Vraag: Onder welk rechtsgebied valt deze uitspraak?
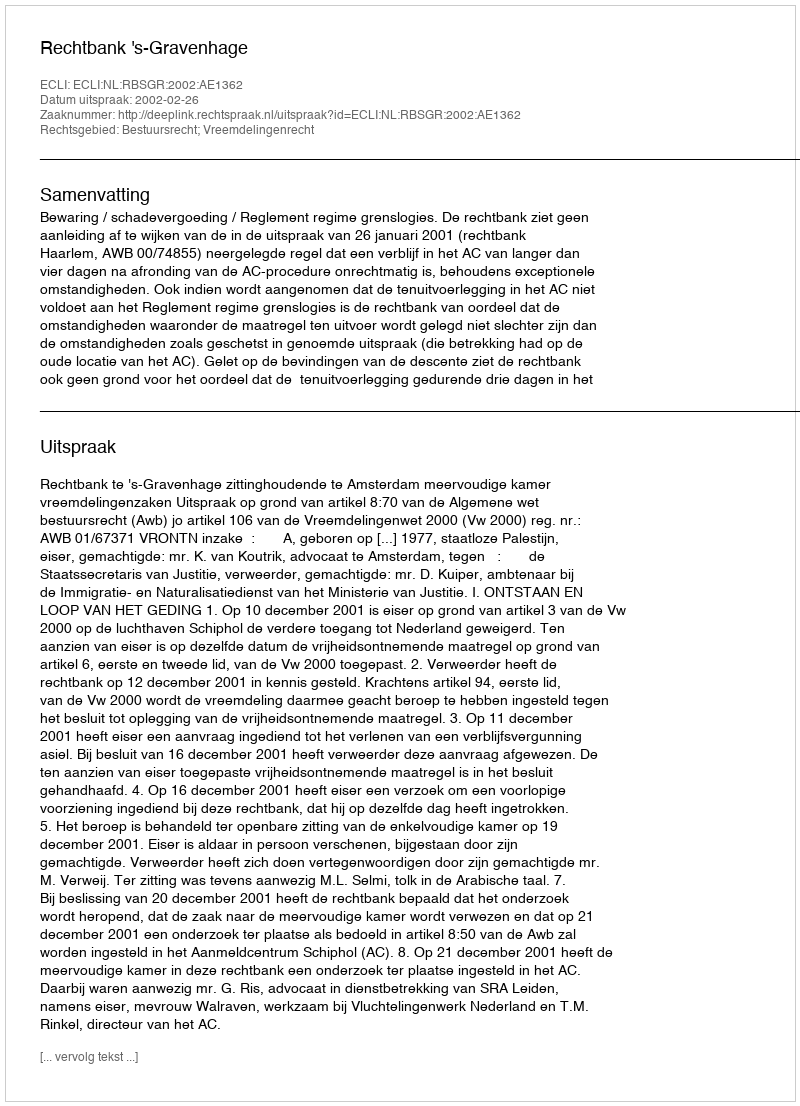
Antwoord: Bestuursrecht; Vreemdelingenrecht